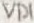
Text: VD1